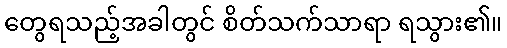
တွေရသည့်အခါတွင် စိတ်သက်သာရာ ရသွား၏။